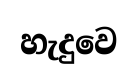
හැදුවෙ